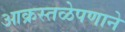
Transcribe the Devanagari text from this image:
आक्रस्तळेपणाने